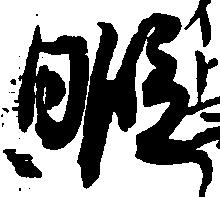
暇